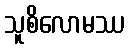
သူစိလောမဿ